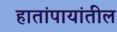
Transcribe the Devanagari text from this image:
हातांपायांतील